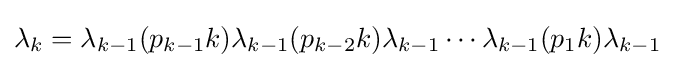
\lambda _{k}=\lambda _{k-1}(p_{k-1}k)\lambda _{k-1}(p_{k-2}k)\lambda _{k-1}\cdots \lambda _{k-1}(p_{1}k)\lambda _{k-1}